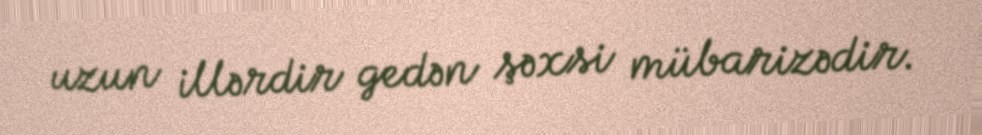
uzun illərdir gedən şəxsi mübarizədir.